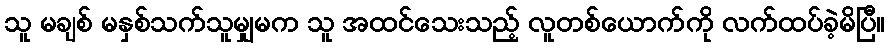
သူ မချစ် မနှစ်သက်သူမျှမက သူ အထင်သေးသည့် လူတစ်ယောက်ကို လက်ထပ်ခဲ့မိပြီ။